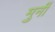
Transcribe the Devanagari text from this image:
मुनीं